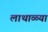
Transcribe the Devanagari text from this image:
लाथाळ्या